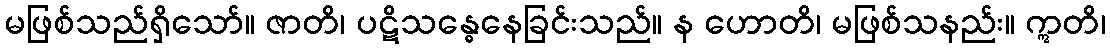
မဖြစ်သည်ရှိသော်။ ဇာတိ၊ ပဋိသန္ဓေနေခြင်းသည်။ န ဟောတိ၊ မဖြစ်သနည်း။ ဣတိ၊